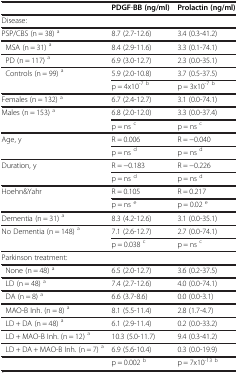
<table><thead><tr><td><b> </b></td><td><b>PDGF-BB(ng/ml)</b></td><td><b>Prolactin(ng/ml)</b></td></tr></thead><tbody><tr><td>Disease:</td><td> </td><td> </td></tr><tr><td>PSP/CBS (n = 38) <sup>a</sup></td><td>8.7 (2.7-12.6)</td><td>3.4 (0.3-41.2)</td></tr><tr><td> MSA (n = 31) <sup>a</sup></td><td>8.4 (2.9-11.6)</td><td>3.3 (0.1-74.1)</td></tr><tr><td> PD (n = 117) <sup>a</sup></td><td>6.9 (3.0-12.7)</td><td>2.3 (0.0-35.1)</td></tr><tr><td> Controls (n = 99) <sup>a</sup></td><td>5.9 (2.0-10.8)</td><td>3.7 (0.5-37.5)</td></tr><tr><td> </td><td>p = 4x10<sup>-7 b</sup></td><td>p = 3x10<sup>-7 b</sup></td></tr><tr><td>Females (n = 132) <sup>a</sup></td><td>6.7 (2.4-12.7)</td><td>3.1 (0.0-74.1)</td></tr><tr><td>Males (n = 153) <sup>a</sup></td><td>6.8 (2.0-12.0)</td><td>3.3 (0.0-37.4)</td></tr><tr><td> </td><td>p = ns <sup>c</sup></td><td>p = ns <sup>c</sup></td></tr><tr><td>Age, y</td><td>R = 0.006</td><td>R = −0.040</td></tr><tr><td> </td><td>p = ns <sup>d</sup></td><td>p = ns <sup>d</sup></td></tr><tr><td>Duration, y</td><td>R = −0.183</td><td>R = −0.226</td></tr><tr><td> </td><td>p = ns <sup>d</sup></td><td>p = ns <sup>d</sup></td></tr><tr><td>Hoehn&amp;Yahr</td><td>R = 0.105</td><td>R = 0.217</td></tr><tr><td> </td><td>p = ns <sup>e</sup></td><td>p = 0.02 <sup>e</sup></td></tr><tr><td>Dementia (n = 31) <sup>a</sup></td><td>8.3 (4.2-12.6)</td><td>3.1 (0.0-35.1)</td></tr><tr><td>No Dementia (n = 148) <sup>a</sup></td><td>7.1 (2.6-12.7)</td><td>2.7 (0.0-74.1)</td></tr><tr><td> </td><td>p = 0.038 <sup>c</sup></td><td>p = ns <sup>c</sup></td></tr><tr><td>Parkinson treatment:</td><td> </td><td> </td></tr><tr><td> None (n = 48) <sup>a</sup></td><td>6.5 (2.0-12.7)</td><td>3.6 (0.2-37.5)</td></tr><tr><td> LD (n = 48) <sup>a</sup></td><td>7.4 (2.7-12.6)</td><td>4.0 (0.0-74.1)</td></tr><tr><td> DA (n = 8) <sup>a</sup></td><td>6.6 (3.7-8.6)</td><td>0.0 (0.0-3.1)</td></tr><tr><td> MAO-B Inh. (n = 8) <sup>a</sup></td><td>8.1 (5.5-11.4)</td><td>2.8 (1.7-4.7)</td></tr><tr><td> LD + DA (n = 48) <sup>a</sup></td><td>6.1 (2.9-11.4)</td><td>0.2 (0.0-33.2)</td></tr><tr><td> LD + MAO-B Inh. (n = 12) <sup>a</sup></td><td>10.3 (5.0-11.7)</td><td>9.4 (0.3-41.2)</td></tr><tr><td> LD + DA + MAO-B Inh. (n = 7) <sup>a</sup></td><td>6.9 (5.6-10.4)</td><td>0.3 (0.0-19.9)</td></tr><tr><td> </td><td>p = 0.002 <sup>b</sup></td><td>p = 7x10<sup>-13 b</sup></td></tr></tbody></table>